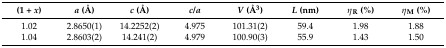
<table><thead><tr><td><b>(1 + <i>x</i>)</b></td><td><b><i>a</i> (Å)</b></td><td><b><i>c</i> (Å)</b></td><td><b><i>c</i>/<i>a</i></b></td><td><b><i>V</i> (Å<sup>3</sup>)</b></td><td><b><i>L</i> (nm)</b></td><td><b><i>η</i><sub>R</sub> (%)</b></td><td><b><i>η</i><sub>M</sub> (%)</b></td></tr></thead><tbody><tr><td>1.02</td><td>2.8650(1)</td><td>14.2252(2)</td><td>4.975</td><td>101.31(2)</td><td>59.4</td><td>1.98</td><td>1.88</td></tr><tr><td>1.04</td><td>2.8603(2)</td><td>14.241(2)</td><td>4.979</td><td>100.90(3)</td><td>55.9</td><td>1.43</td><td>1.50</td></tr></tbody></table>